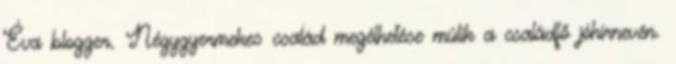
Éva blogger. Négygyermekes család megélhetése múlik a családfő jóhírnevén.